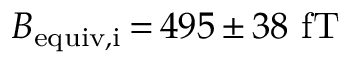
B _ { \mathrm { e q u i v , i } } \, { = } \, 4 9 5 \, { \pm } \, 3 8 ~ \mathrm { f T }